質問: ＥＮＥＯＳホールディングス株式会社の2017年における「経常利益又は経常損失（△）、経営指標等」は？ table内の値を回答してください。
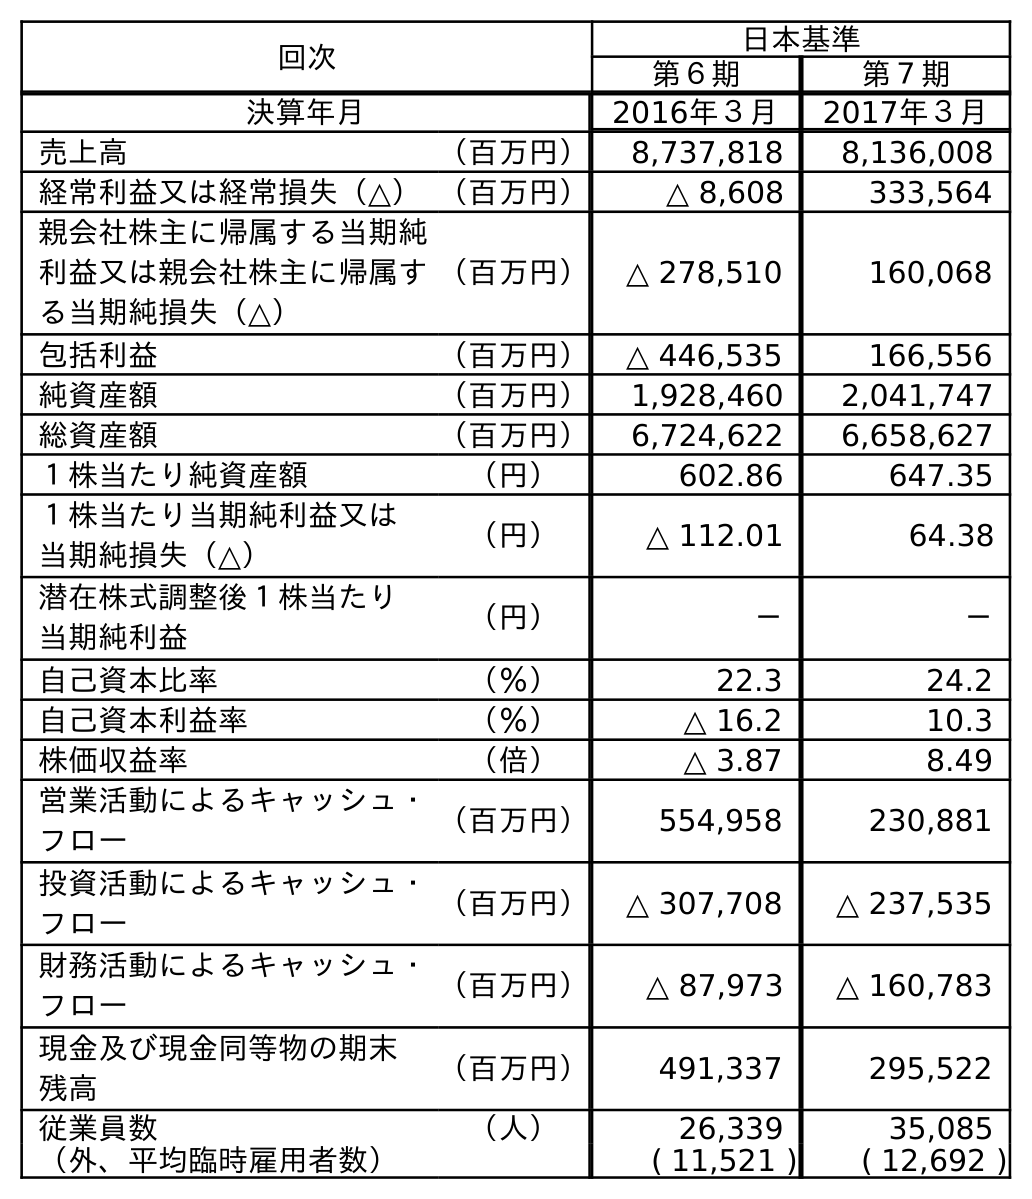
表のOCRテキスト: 回次 日本基準 第６期 第７期 決算年月 2016年３月 2017年３月 売上高 （百万円） 8,737,818 8,136,008 経常利益又は経常損失（△）（百万円） △ 8,608 333,564 親会社株主に帰属する当期純 利益又は親会社株主に帰属す る当期純損失（△） （百万円） △ 278,510 160,068 包括利益 （百万円） △ 446,535 166,556 純資産額 （百万円） 1,928,460 2,041,747 総資産額 （百万円） 6,724,622 6,658,627 １株当たり純資産額 （円） 602.86 647.35 １株当たり当期純利益又は 当期純損失（△） （円） △ 112.01 64.38 潜在株式調整後１株当たり 当期純利益 （円） － － 自己資本比率 （％） 22.3 24.2 自己資本利益率 （％） △ 16.2 10.3 株価収益率 （倍） △ 3.87 8.49 営業活動によるキャッシュ・ フロー （百万円） 554,958 230,881 投資活動によるキャッシュ・ フロー （百万円） △ 307,708 △ 237,535 財務活動によるキャッシュ・ フロー （百万円） △ 87,973 △ 160,783 現金及び現金同等物の期末 残高 （百万円） 491,337 295,522 従業員数 （人） 26,339 35,085 （外、平均臨時雇用者数） ( 11,521 ) ( 12,692 )
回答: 333,564